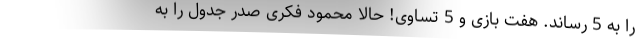
را به 5 رساند. هفت بازی و 5 تساوی! حالا محمود فکری صدر جدول را به